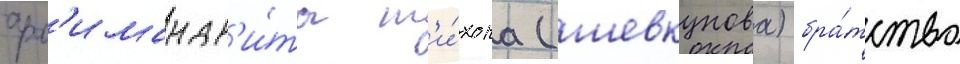
арх'имандр'и́та т'и́хона (шевкунова) бра́тство